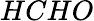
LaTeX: HCHO